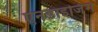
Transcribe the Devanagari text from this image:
ऐनडाइजिंग